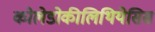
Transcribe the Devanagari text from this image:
कोलेडोकीलिथियेसिस